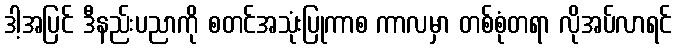
ဒါ့အပြင် ဒီနည်းပညာကို စတင်အသုံးပြုကာစ ကာလမှာ တစ်စုံတရာ လိုအပ်လာရင်